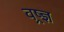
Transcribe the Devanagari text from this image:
वष्र्ज्ञ